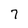
Character: 7